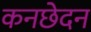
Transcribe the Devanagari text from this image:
कनछेदन